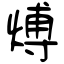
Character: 煿